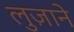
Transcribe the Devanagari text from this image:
लुज़ाने